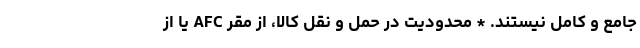
جامع و کامل نیستند. * محدودیت در حمل و نقل کالا، از مقر AFC یا از